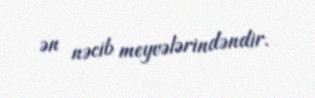
ən nəcib meyvələrindəndir.